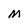
Character: m